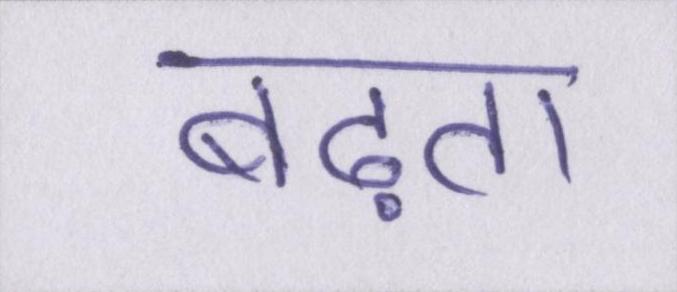
बढ़ता